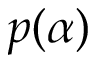
p ( \alpha )